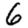
Digit: 6